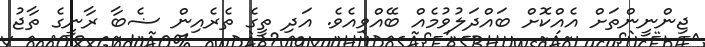
ޖިންނީންތަށް އެއްކޮށް ބައްދަލުވުމެއް ބޭއްވިއެވެ. އަދި ތީގެ ތެރެއިން ޟެބާ ރާނީގެ ތާޖު